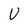
Character: U